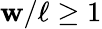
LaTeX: \mathbf{w}/\ell\geq1